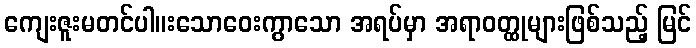
ကျေးဇူးမတင်ပါ။းသောဝေးကွာသော အရပ်မှာ အရာဝတ္ထုများဖြစ်သည့် မြင်